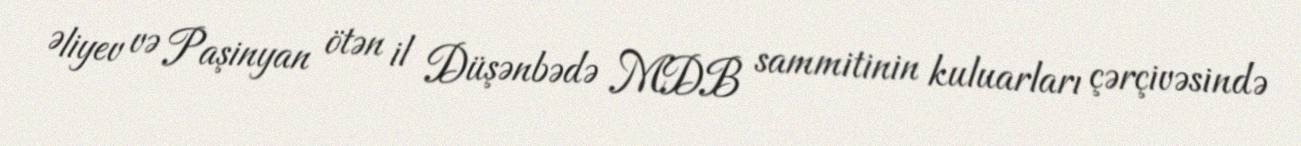
Əliyev və Paşinyan ötən il Düşənbədə MDB sammitinin kuluarları çərçivəsində